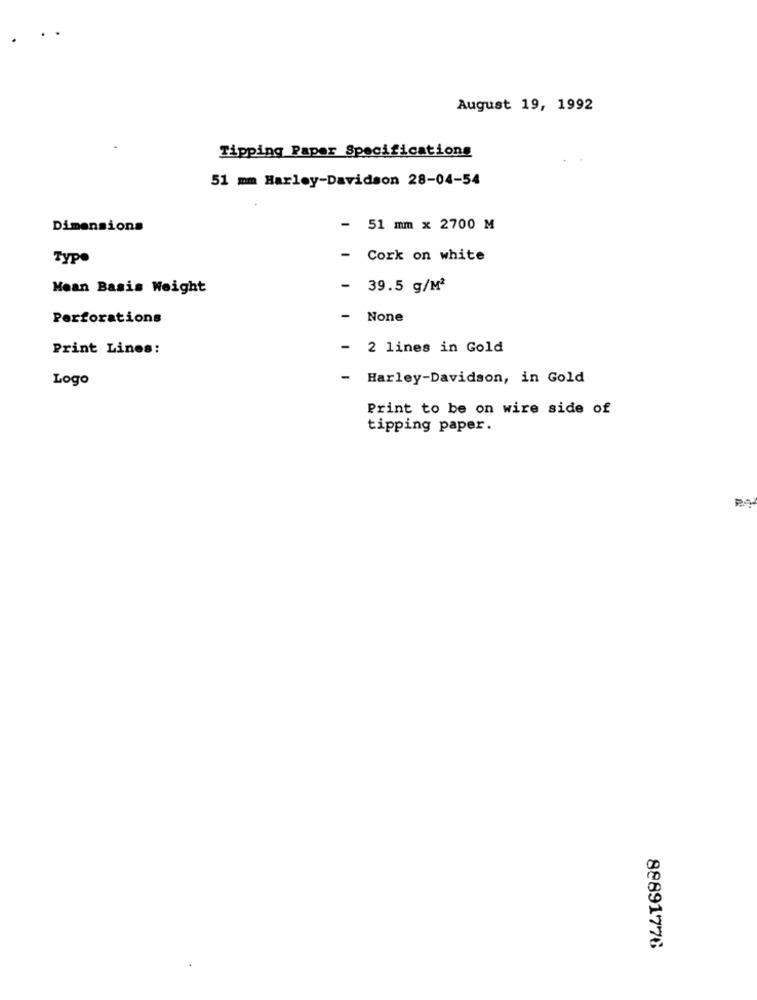
..
August 19, 1992
Tipping Paper Specifications
51 mm Harley-Davidson 28-04-54
Dimensions
- 51 mm x 2700 M
Typo
Cork on white
Mean Basis Weight
-
39.5 g/M2
Perforations
Print Lines:
-
2 lines in Gold
Logo
- Harley-Davidson, in Gold
Print to be on wire side of
tipping paper.
88891776